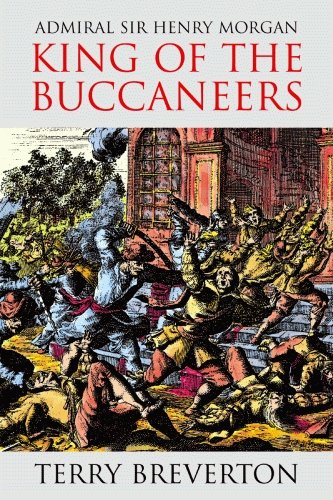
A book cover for Admiral Sir Henry Morgan: King of the Buccaneers; Terry Breverton; Law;